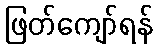
ဖြတ်ကျော်ရန်